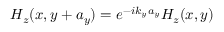
H _ { z } ( x , y + a _ { y } ) = e ^ { - i k _ { y } a _ { y } } H _ { z } ( x , y )